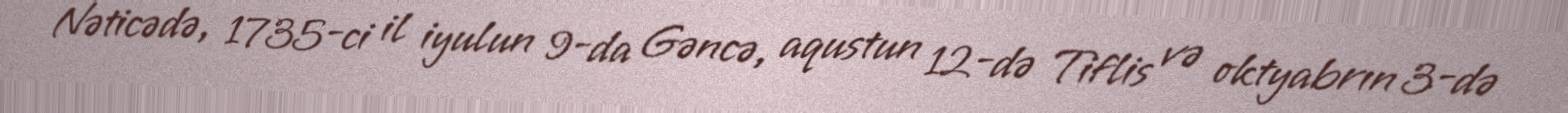
Nəticədə, 1735-ci il iyulun 9-da Gəncə, aqustun 12-də Tiflis və oktyabrın 3-də